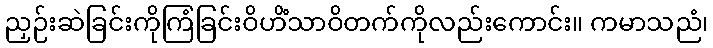
ညှဉ်းဆဲခြင်းကိုကြံခြင်းဝိဟိံသာဝိတက်ကိုလည်းကောင်း။ ကမာသညံ၊